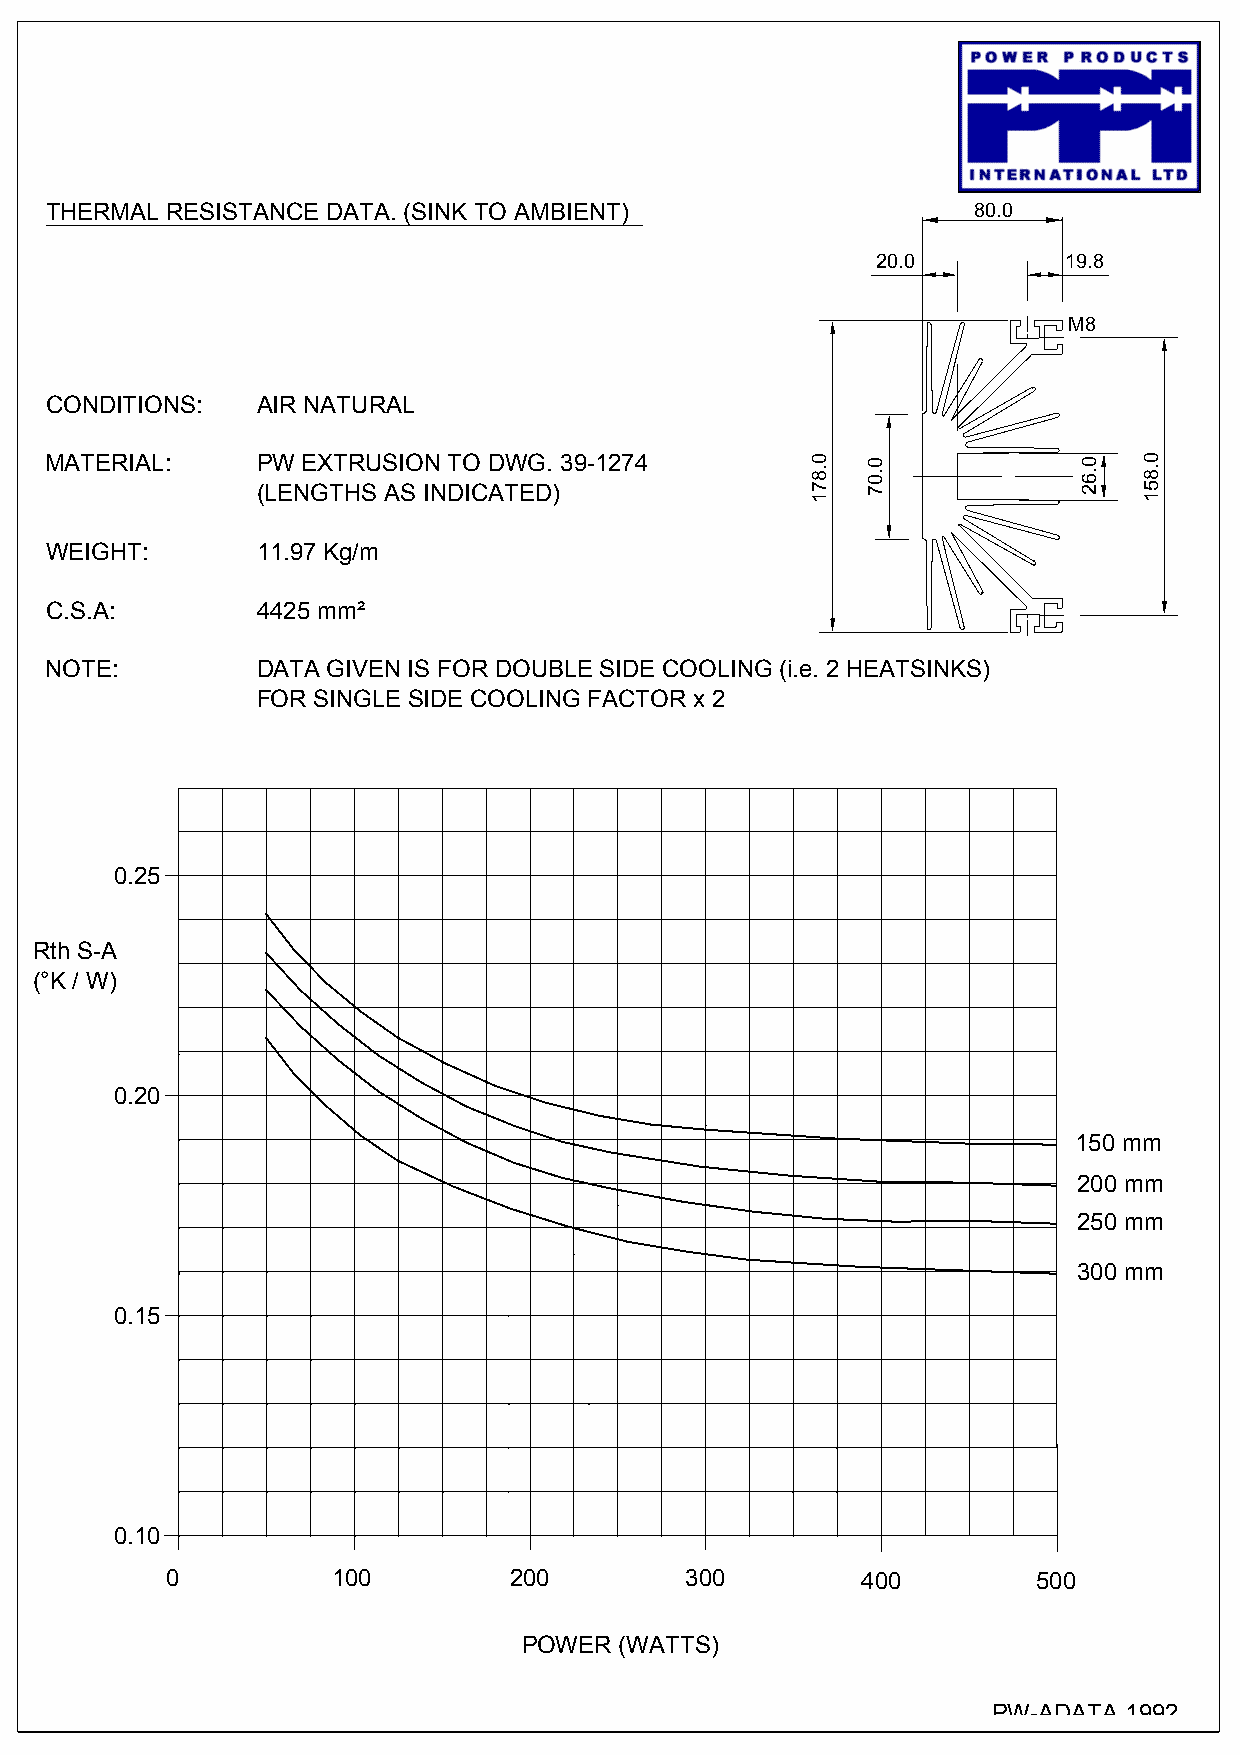
THERMAL RESISTANCE DATA. (SINK TO AMBIENT)                   80.0
 20.0        19.8
 M8
 CONDITIONS:   AIR NATURAL
 MATERIAL:     PW EXTRUSION TO DWG. 39-1274
 (LENGTHS AS INDICATED)
 WEIGHT:       11.97 Kg/m
 C.S.A:        4425 mm²
 NOTE:         DATA GIVEN IS FOR DOUBLE SIDE COOLING (i.e. 2 HEATSINKS)
 FOR SINGLE SIDE COOLING FACTOR x 2
 0.25
 Rth S-A
 (°K / W)
 0.20
 150 mm
 200 mm
 250 mm
 300 mm
 0.15
 0.10
 0          100         200        300         400         500
 POWER (WATTS)
 PW-ADATA 1992
 0.871 0.07        0.62 0.851